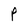
Character: P